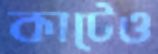
কাটেও